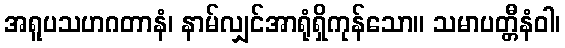
အရူပသဟဂတာနံ၊ နာမ်လျှင်အာရုံရှိကုန်သော။ သမာပတ္တီနံဝါ၊